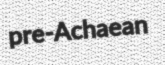
pre-Achaean